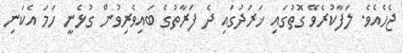
ޖެހެއެވެ. ލަފާކުރެވޭ ގޮތުގައި ޚަރަދުގައި ދެ ފަރާތުގެ ބައިވެރިވުން ގުޅެނީ ހަމަ އެކަނި